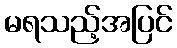
မရသည့်အပြင်